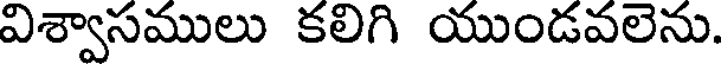
విశ్వాసములు కలిగి యుండవలెను.